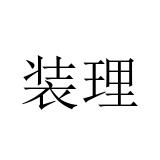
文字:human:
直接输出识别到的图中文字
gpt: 装理